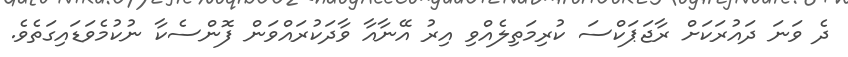
ދެ ވަނަ ދައުރަކަށް ރާޖަޕަކްސަ ކުރިމަތިލެއްވި އިރު އޭނާއާ ވާދަކުރައްވަން ފޮންސެކާ ނުކުމެވަޑައިގަތެވެ.